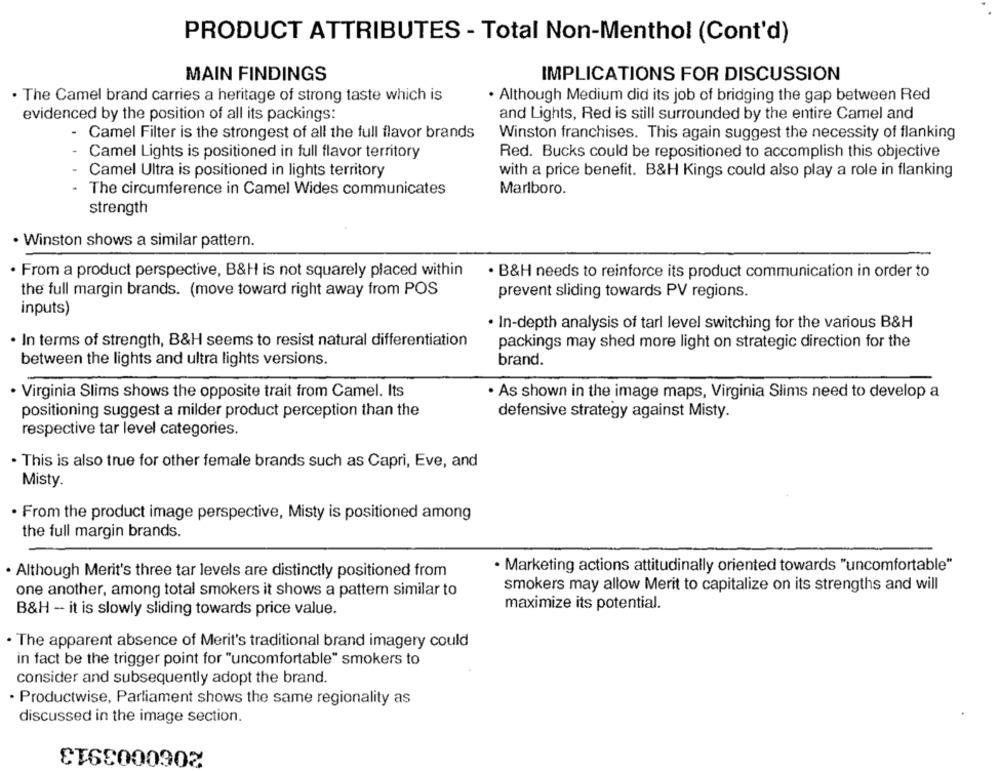
PRODUCT ATTRIBUTES - Total Non-Menthol (Cont'd)
MAIN FINDINGS
IMPLICATIONS FOR DISCUSSION
· The Camel brand carries a heritage of strong taste which is
. Although Medium did its job of bridging the gap between Red
evidenced by the position of all its packings:
and Lights, Red is still surrounded by the entire Camel and
- Camel Filter is the strongest of all the full flavor brands
Winston franchises. This again suggest the necessity of flanking
- Camel Lights is positioned in full flavor territory
Red. Bucks could be repositioned to accomplish this objective
Camel Ultra is positioned in lights territory
with a price benefit. B&H Kings could also play a role in flanking
.
The circumference in Camel Wides communicates
Marlboro.
strength
· Winston shows a similar pattern.
· From a product perspective, B&H is not squarely placed within
· B&H needs to reinforce its product communication in order to
the full margin brands. (move toward right away from POS
prevent sliding towards PV regions.
inputs)
· In-depth analysis of tarl level switching for the various B&H
· In terms of strength, B&H seems to resist natural differentiation
packings may shed more light on strategic direction for the
between the lights and ultra lights versions.
brand.
· Virginia Slims shows the opposite trait from Camel. Its
· As shown in the image maps, Virginia Slims need to develop a
positioning suggest a milder product perception than the
defensive strategy against Misty.
respective tar level categories.
· This is also true for other female brands such as Capri, Eve, and
Misty.
. From the product image perspective, Misty is positioned among
the full margin brands.
· Marketing actions attitudinally oriented towards "uncomfortable"
. Although Merit's three tar levels are distinctly positioned from
smokers may allow Merit to capitalize on its strengths and will
one another, among total smokers it shows a pattern similar to
maximize its potential.
B&H -- it is slowly sliding towards price value.
· The apparent absence of Merit's traditional brand imagery could
in fact be the trigger point for "uncomfortable" smokers to
consider and subsequently adopt the brand.
· Productwise, Parliament shows the same regionality as
discussed in the image section.
CTO8000902